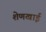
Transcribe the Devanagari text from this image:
शेणखाई